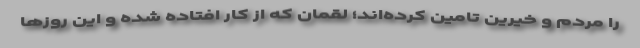
را مردم و خیرین تامین کرده‌اند؛ لقمان که از کار افتاده شده و این روزها